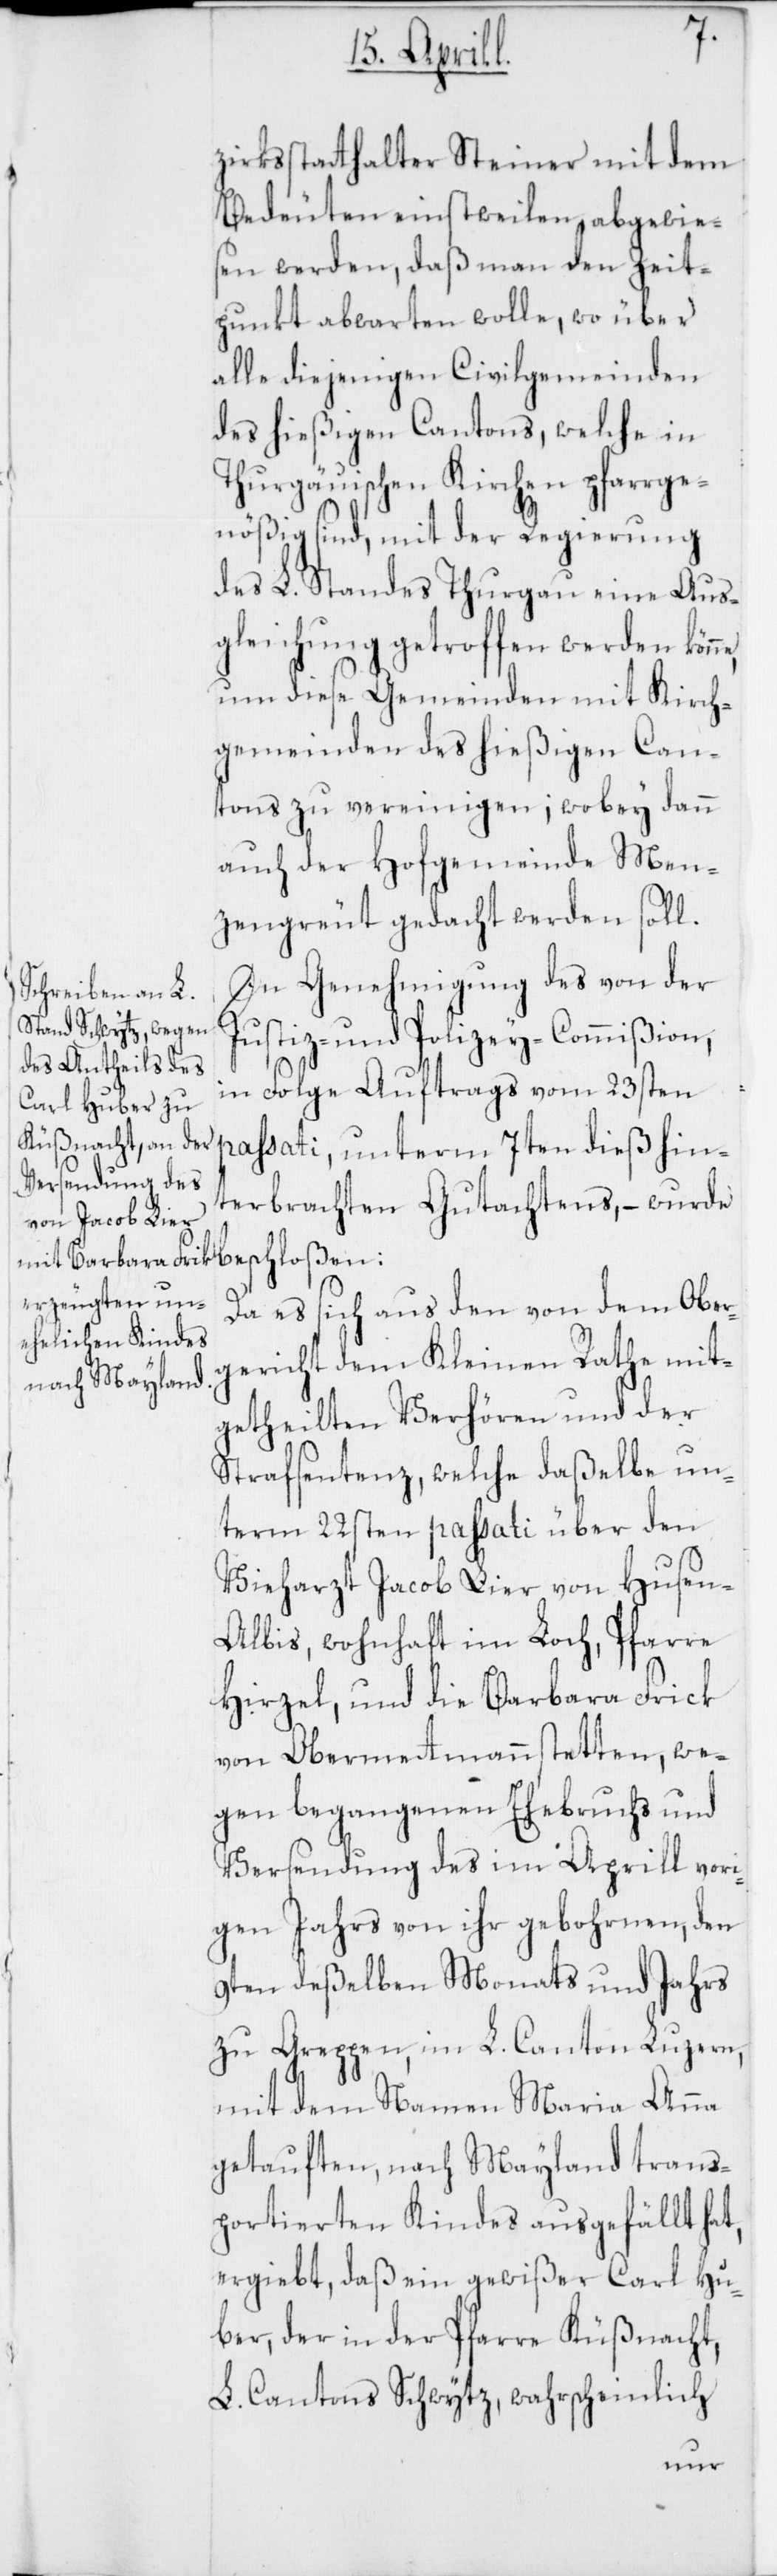
zirksstatthalter Steiner mit dem
Bedeuten einstweilen abgewies¬
en werden, daß man den Zeit¬
punkt abwarten wolle, wo über
alle diejenigen Civilgemeinden
des hießigen Cantons, welche in
Thurgauischen Kirchen pfarrge¬
nößig sind, mit der Regierung
des L. Standes Thurgau eine Aus¬
gleichung getroffen werden kön¬
um diese Gemeinden mit Kirch¬
gemeinden des hießigen Can¬
tons zu vereinigen, wobey dann
auch der Hofgemeinde Men¬
zengreut gedacht werden soll.
In Genehmigung des von der
Justiz- und Polizey-Commißion,
in Folge Auftrags vom 23sten
passati, unterm 7ten dieß hin¬
terbrachten Gutachtens, – wurde
Da es sich aus den von dem Ober¬
gericht dem Kleinen Rathe mit¬
getheilten Verhören und der
Strafsentenz, welche daßelbe un¬
term 22sten passati über den
Vieharzt Jacob Lier von Hausen-A¬
lbis, wohnhaft im Loch, Pfarre
Hirzel, und die Barbara Frick
von Obermettmannstetten, we¬
gen begangenen Ehebruchs und
Versendung des im Aprill vor¬
igen Jahrs von ihr gebohrnen, den
9ten deßelben Monats und Jahrs
zu Greppen im L. Canton Luzern,
mit dem Namen Maria Anna
getauften, nach Mayland trans¬
portierten Kindes ausgefällt hat,
ergiebt, daß ein gewißer Carl Hu¬
ber, der in der Pfarre Küßnacht,
L. Cantons Schwytz, wahrscheinlich
ne,